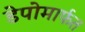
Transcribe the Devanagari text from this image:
डेपोमार्फत